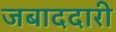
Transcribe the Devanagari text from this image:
जबाददारी